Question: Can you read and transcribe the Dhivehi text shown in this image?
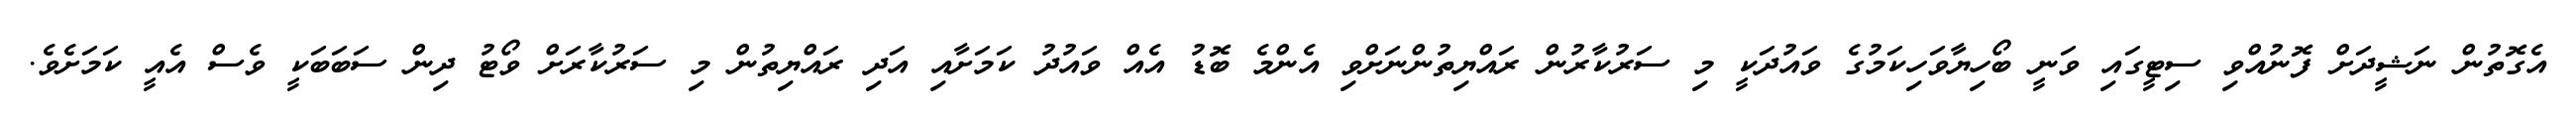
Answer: އެގޮތުން ނަޝީދަށް ފޮނުއްވި ސިޓީގައި ވަނީ ބޯހިޔާވަހިކަމުގެ ވައުދަކީ މި ސަރުކާރުން ރައްޔިތުންނަށްވި އެންމެ ބޮޑު އެއް ވައުދު ކަމަށާއި އަދި ރައްޔިތުން މި ސަރުކާރަށް ވޯޓު ދިން ސަބަބަކީ ވެސް އެއީ ކަމަށެވެ.